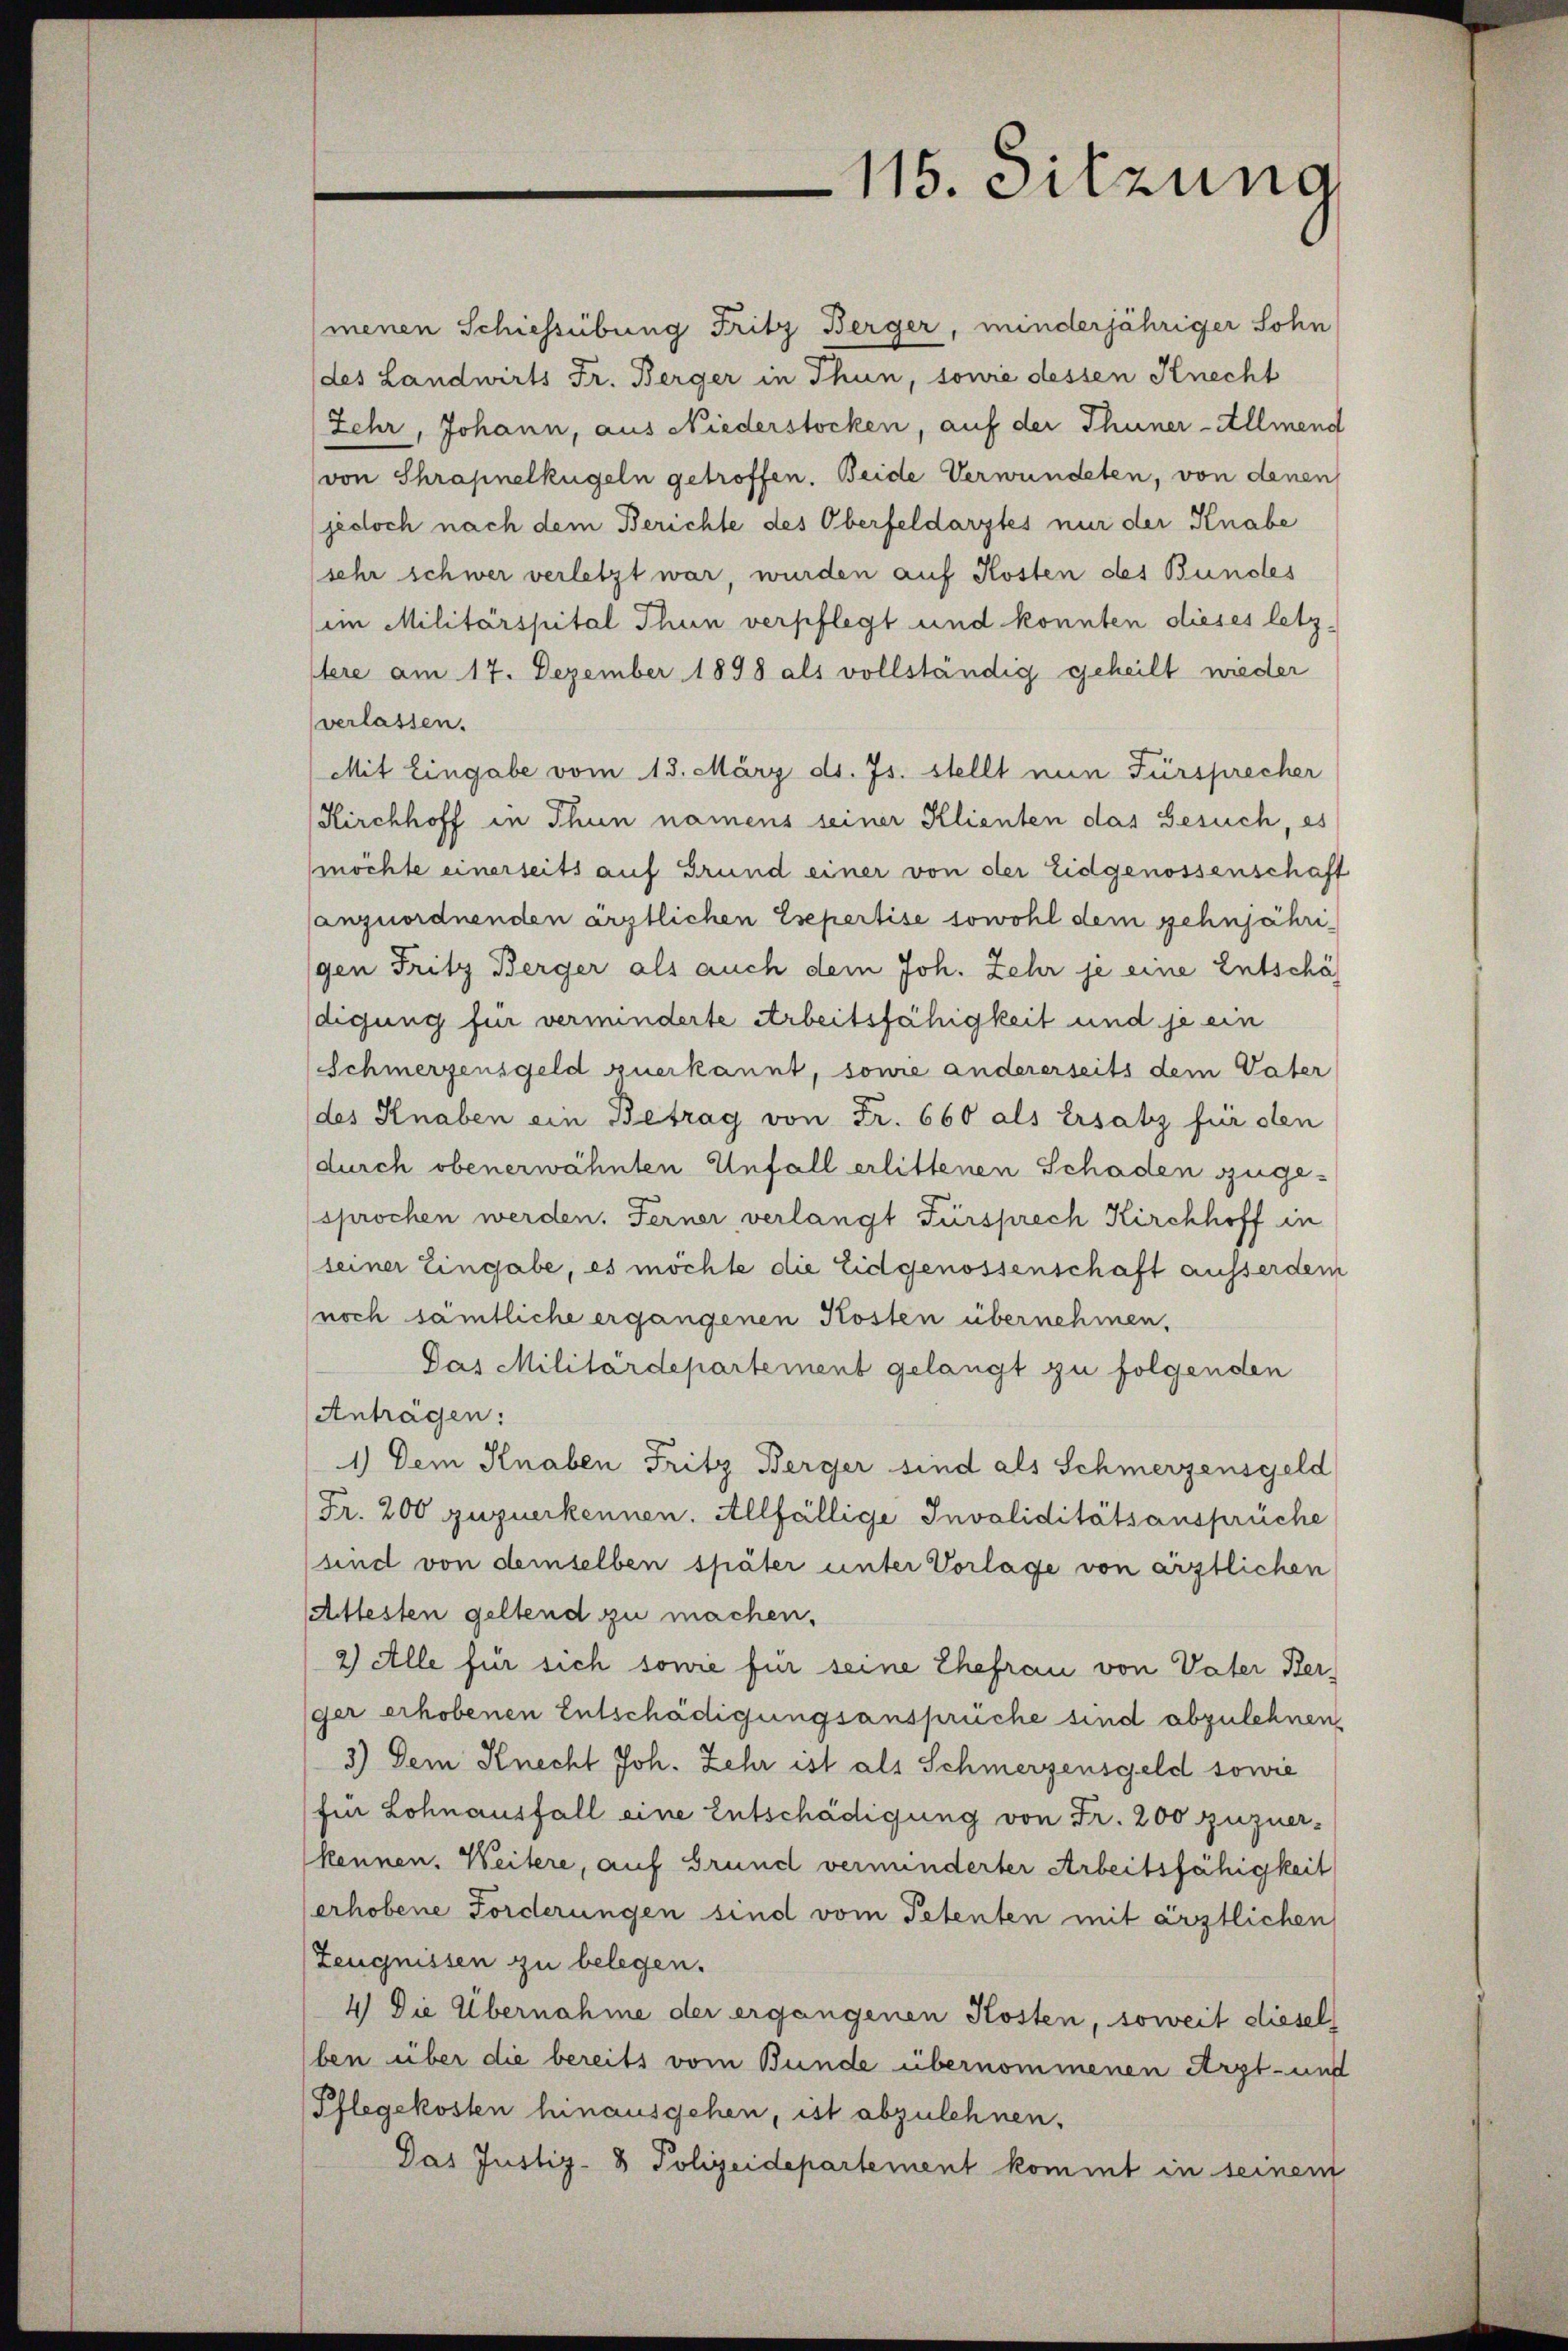
menen Schiessübung Fritz Berger, minderjähriger Sohn
des Landwirts Fr. Berger in Thun, sowie dessen Knecht
Zehr, Johann, aus Niederstocken, auf der Thuner-Allmend
(von Shrapnelkügeln getroffen. Beide Verwundeten, von denen
jedoch nach dem Berichte des Oberfeldarztes nur der Knabe
sehr schwer verletzt war, wurden auf Kosten des Bundes
(im Militärspital Thun verpflegt und konnten dieses letz-
stere am 17. Dezember 1898 als vollständig geheilt wieder
verlassen.
Mit Eingabe vom 13. März d. Js. stellt nun Fürsprecher
Kirchhoff in Thun namens seiner Klienten das Gesuch, es
möchte einerseits auf Grund einer von der Eidgenossenschaft
anzuordnenden ärztlichen Esepertise sowohl dem zehnjährigen Fritz Berger als auch dem Joh. Zehr je eine Entschäf
digung für verminderte Arbeitsfähigkeit und je ein
Schmerzensgeld zuerkannt, sowie andererseits dem Vater
des Knaben ein Betrag von Fr. 660 als Ersatz für den
durch obenerwähnten Unfall erlittenen Schaden zugesprochen werden. Ferner verlangt Fürsprech Kirchhoff in
seiner Eingabe, es möchte die Eidgenossenschaft ausserdem
noch samtliche ergangenen Kosten übernehmen,
Das Militärdepartement gelangt zu folgenden
Antragen:
1.) Dem Knaben Fritz Berger sind als Schmerzensgeld
Fr. 200 zuzuerkennen. Allfällige Invaliditätsansprüche
sind von demselben später unter Vorlage von ärztlichen
Attesten geltend zu machen.
2) Alle für sich sowie für seine Ehefrau von Vater Ber-
ger erhobenen Entschädigungsansprüche sind abzulehnen.
3) Dem Knecht Joh. Lehr ist als Schmerzensgeld sowie
für Lohnausfall eine Entschädigung von Fr. 200 zuzuerkennen. Weitere, auf Grund verminderter Arbeitsfähigkeit
erhobene Forderungen sind vom Petenten mit ärztlichen
Zeugnissen zu belegen.
4 Die Übernahme der ergangenen Kosten, soweit diesel
ben über die bereits vom Bunde übernommenen Arzt- und
Pflegekosten hinausgehen, ist abzulehnen.
Das Justiz- & Polizeidepartement kommt in seinem

115. Sitzung